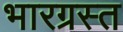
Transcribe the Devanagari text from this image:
भारग्रस्त